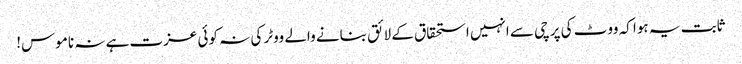
ثابت یہ ہوا کہ ووٹ کی پرچی سے انہیں استحقاق کے لائق بنانے والے ووٹر کی نہ کوئی عزت ہے نہ ناموس!